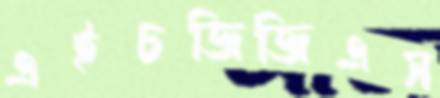
এইচজিজিএস